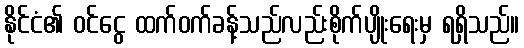
နိုင်ငံ၏ ဝင်ငွေ ထက်ဝက်ခန့်သည်လည်းစိုက်ပျိုးရေးမှ ရရှိသည်။